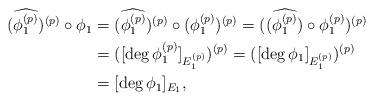
LaTeX: \begin{align*}(\widehat{\phi_1^{(p)}})^{(p)} \circ \phi_1 &= (\widehat{\phi_1^{(p)}})^{(p)} \circ (\phi_1^{(p)})^{(p)} =((\widehat{\phi_1^{(p)}})\circ \phi_1^{(p)})^{(p)}\\ &= ([\deg\phi_1^{(p)}]_{E_1^{(p)}})^{(p)} = ([\deg\phi_1]_{E_1^{(p)}})^{(p)}\\ &=[\deg\phi_1]_{E_1},\end{align*}